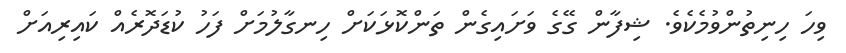
ވިހަ ހިނިތުންވުމެކެވެ. ޝިފާން ގޭގެ ވަށައިގެން ތަންކޮޅަކަށް ހިނގާލުމަށް ފަހު ކުޑަދޮރެއް ކައިރިއަށް